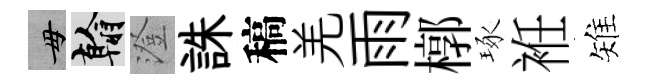
毋翰澄誅稿羌雨槨琢袵雉